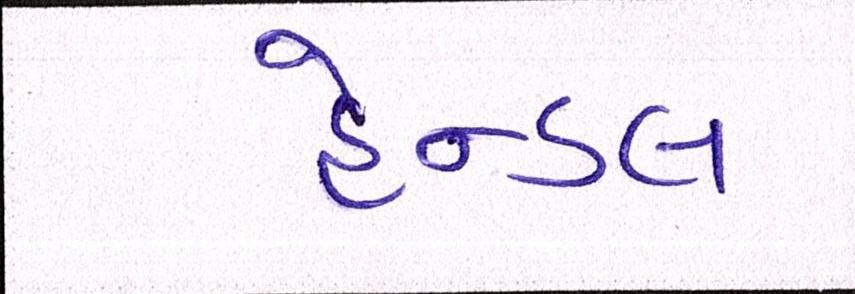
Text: હેન્ડલ